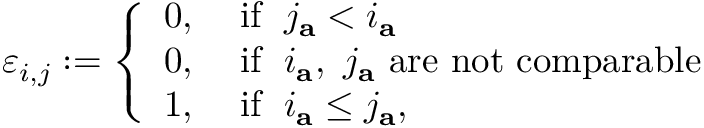
\varepsilon _ { i , j } : = \left\{ \begin{array} { l l } { 0 , } & { \; \mathrm { i f ~ } \; j _ { \mathbf { a } } < i _ { \mathbf { a } } } \\ { 0 , } & { \; \mathrm { i f ~ } \; i _ { \mathbf { a } } , \ j _ { \mathbf { a } } \mathrm { ~ a r e ~ n o t ~ c o m p a r a b l e } } \\ { 1 , } & { \; \mathrm { i f ~ } \; i _ { \mathbf { a } } \leq j _ { \mathbf { a } } , } \end{array} \right.